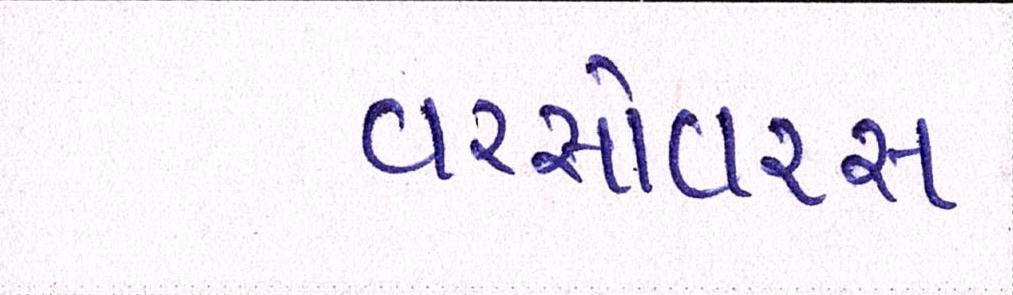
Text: વરસોવરસ